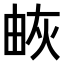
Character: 𤉕